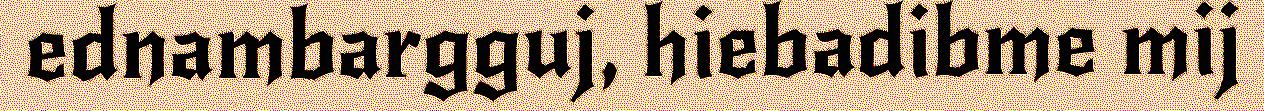
ednambargguj, hiebadibme mij